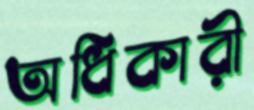
অধিকারী